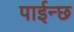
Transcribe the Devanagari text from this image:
पाईन्छ